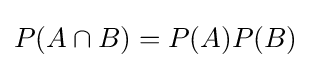
P(A\cap B)=P(A)P(B)